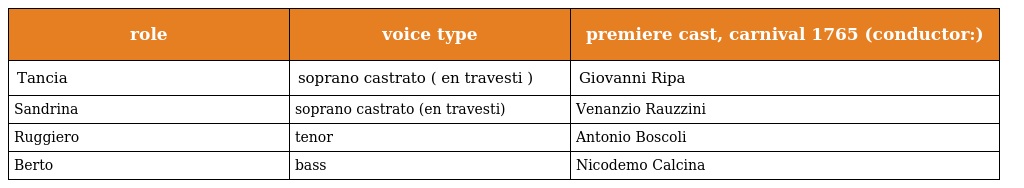
| role | voice type | premiere cast, carnival 1765 (conductor:) |
 | --- | --- | --- |
 | Tancia | soprano castrato ( en travesti ) | Giovanni Ripa |
 | Sandrina | soprano castrato (en travesti) | Venanzio Rauzzini |
 | Ruggiero | tenor | Antonio Boscoli |
 | Berto | bass | Nicodemo Calcina |